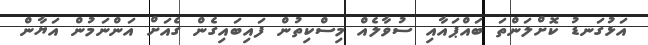
އަޅުގަނޑު ކޮށްލަންތަ ބައްޕައާއި ސުވާލެއް މިސްކިތުން ފައިބައިގެން ގެއަށް އަންނަމުން އަޔާން